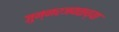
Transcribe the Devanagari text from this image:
जुन्नरजवळच्या